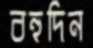
বহুদিন